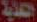
الهدية